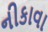
નીકાવા